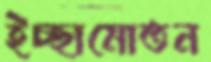
ইচ্ছামোতন